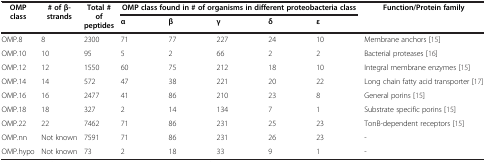
<table><thead><tr><td rowspan="2"><b>OMP class</b></td><td rowspan="2"><b># of β-strands</b></td><td rowspan="2"><b>Total # of peptides</b></td><td colspan="5"><b>OMP class found in # of organisms in different proteobacteria class</b></td><td rowspan="2"><b>Function/Protein family</b></td></tr><tr><td><b>α</b></td><td><b>β</b></td><td><b>γ</b></td><td><b>δ</b></td><td><b>ɛ</b></td></tr></thead><tbody><tr><td>OMP.8</td><td>8</td><td>2300</td><td>71</td><td>77</td><td>227</td><td>24</td><td>10</td><td>Membrane anchors [15]</td></tr><tr><td>OMP.10</td><td>10</td><td>95</td><td>5</td><td>2</td><td>66</td><td>2</td><td>2</td><td>Bacterial proteases [16]</td></tr><tr><td>OMP.12</td><td>12</td><td>1550</td><td>60</td><td>75</td><td>212</td><td>18</td><td>10</td><td>Integral membrane enzymes [15]</td></tr><tr><td>OMP.14</td><td>14</td><td>572</td><td>47</td><td>38</td><td>221</td><td>20</td><td>22</td><td>Long chain fatty acid transporter [17]</td></tr><tr><td>OMP.16</td><td>16</td><td>2477</td><td>41</td><td>86</td><td>210</td><td>23</td><td>8</td><td>General porins [15]</td></tr><tr><td>OMP.18</td><td>18</td><td>327</td><td>2</td><td>14</td><td>134</td><td>7</td><td>1</td><td>Substrate specific porins [15]</td></tr><tr><td>OMP.22</td><td>22</td><td>7462</td><td>71</td><td>86</td><td>231</td><td>25</td><td>23</td><td>TonB-dependent receptors [15]</td></tr><tr><td>OMP.nn</td><td>Not known</td><td>7591</td><td>71</td><td>86</td><td>231</td><td>26</td><td>23</td><td>-</td></tr><tr><td>OMP.hypo</td><td>Not known</td><td>73</td><td>2</td><td>18</td><td>33</td><td>9</td><td>1</td><td>-</td></tr></tbody></table>